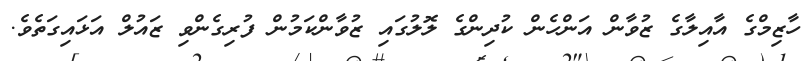
ހާޒިމްގެ އާއިލާގެ ޒުވާން އަންހެން ކުދިންގެ ލޮލުގައި ޒުވާންކަމުން ފުރިގެންވި ޒައުލް އަޅައިގަތެވެ.